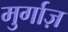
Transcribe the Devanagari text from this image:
मुर्गाज़